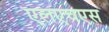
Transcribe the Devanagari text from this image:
एलएचएस